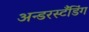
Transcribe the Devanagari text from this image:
अन्डरस्टँडिंग